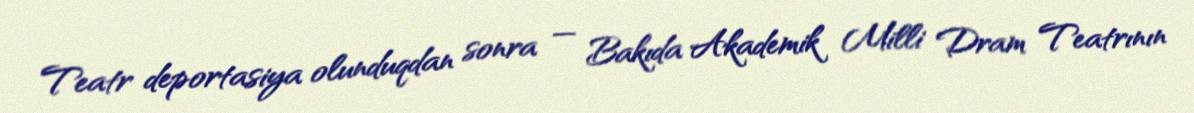
Teatr deportasiya olunduqdan sonra — Bakıda Akademik Milli Dram Teatrının